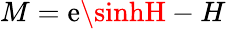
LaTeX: M=\mathrm{e}\sinhH-H